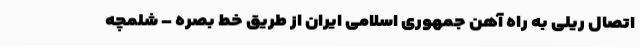
اتصال ریلی به راه آهن جمهوری اسلامی ایران از طریق خط بصره – شلمچه